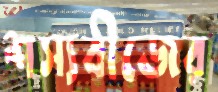
শস্যবীজের